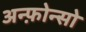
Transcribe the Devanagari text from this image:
अन्फ़ोन्सो